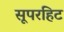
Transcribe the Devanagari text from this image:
सूपरहिट